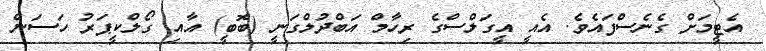
އެޓީމަށް ގެނެސްފައެވެ. އެއީ އީގަލްސްގެ ރިހާމް އަބްދުލްގަނީ (ބޮބީ) އާއި ގޯލްކީޕަރު ހަސަން